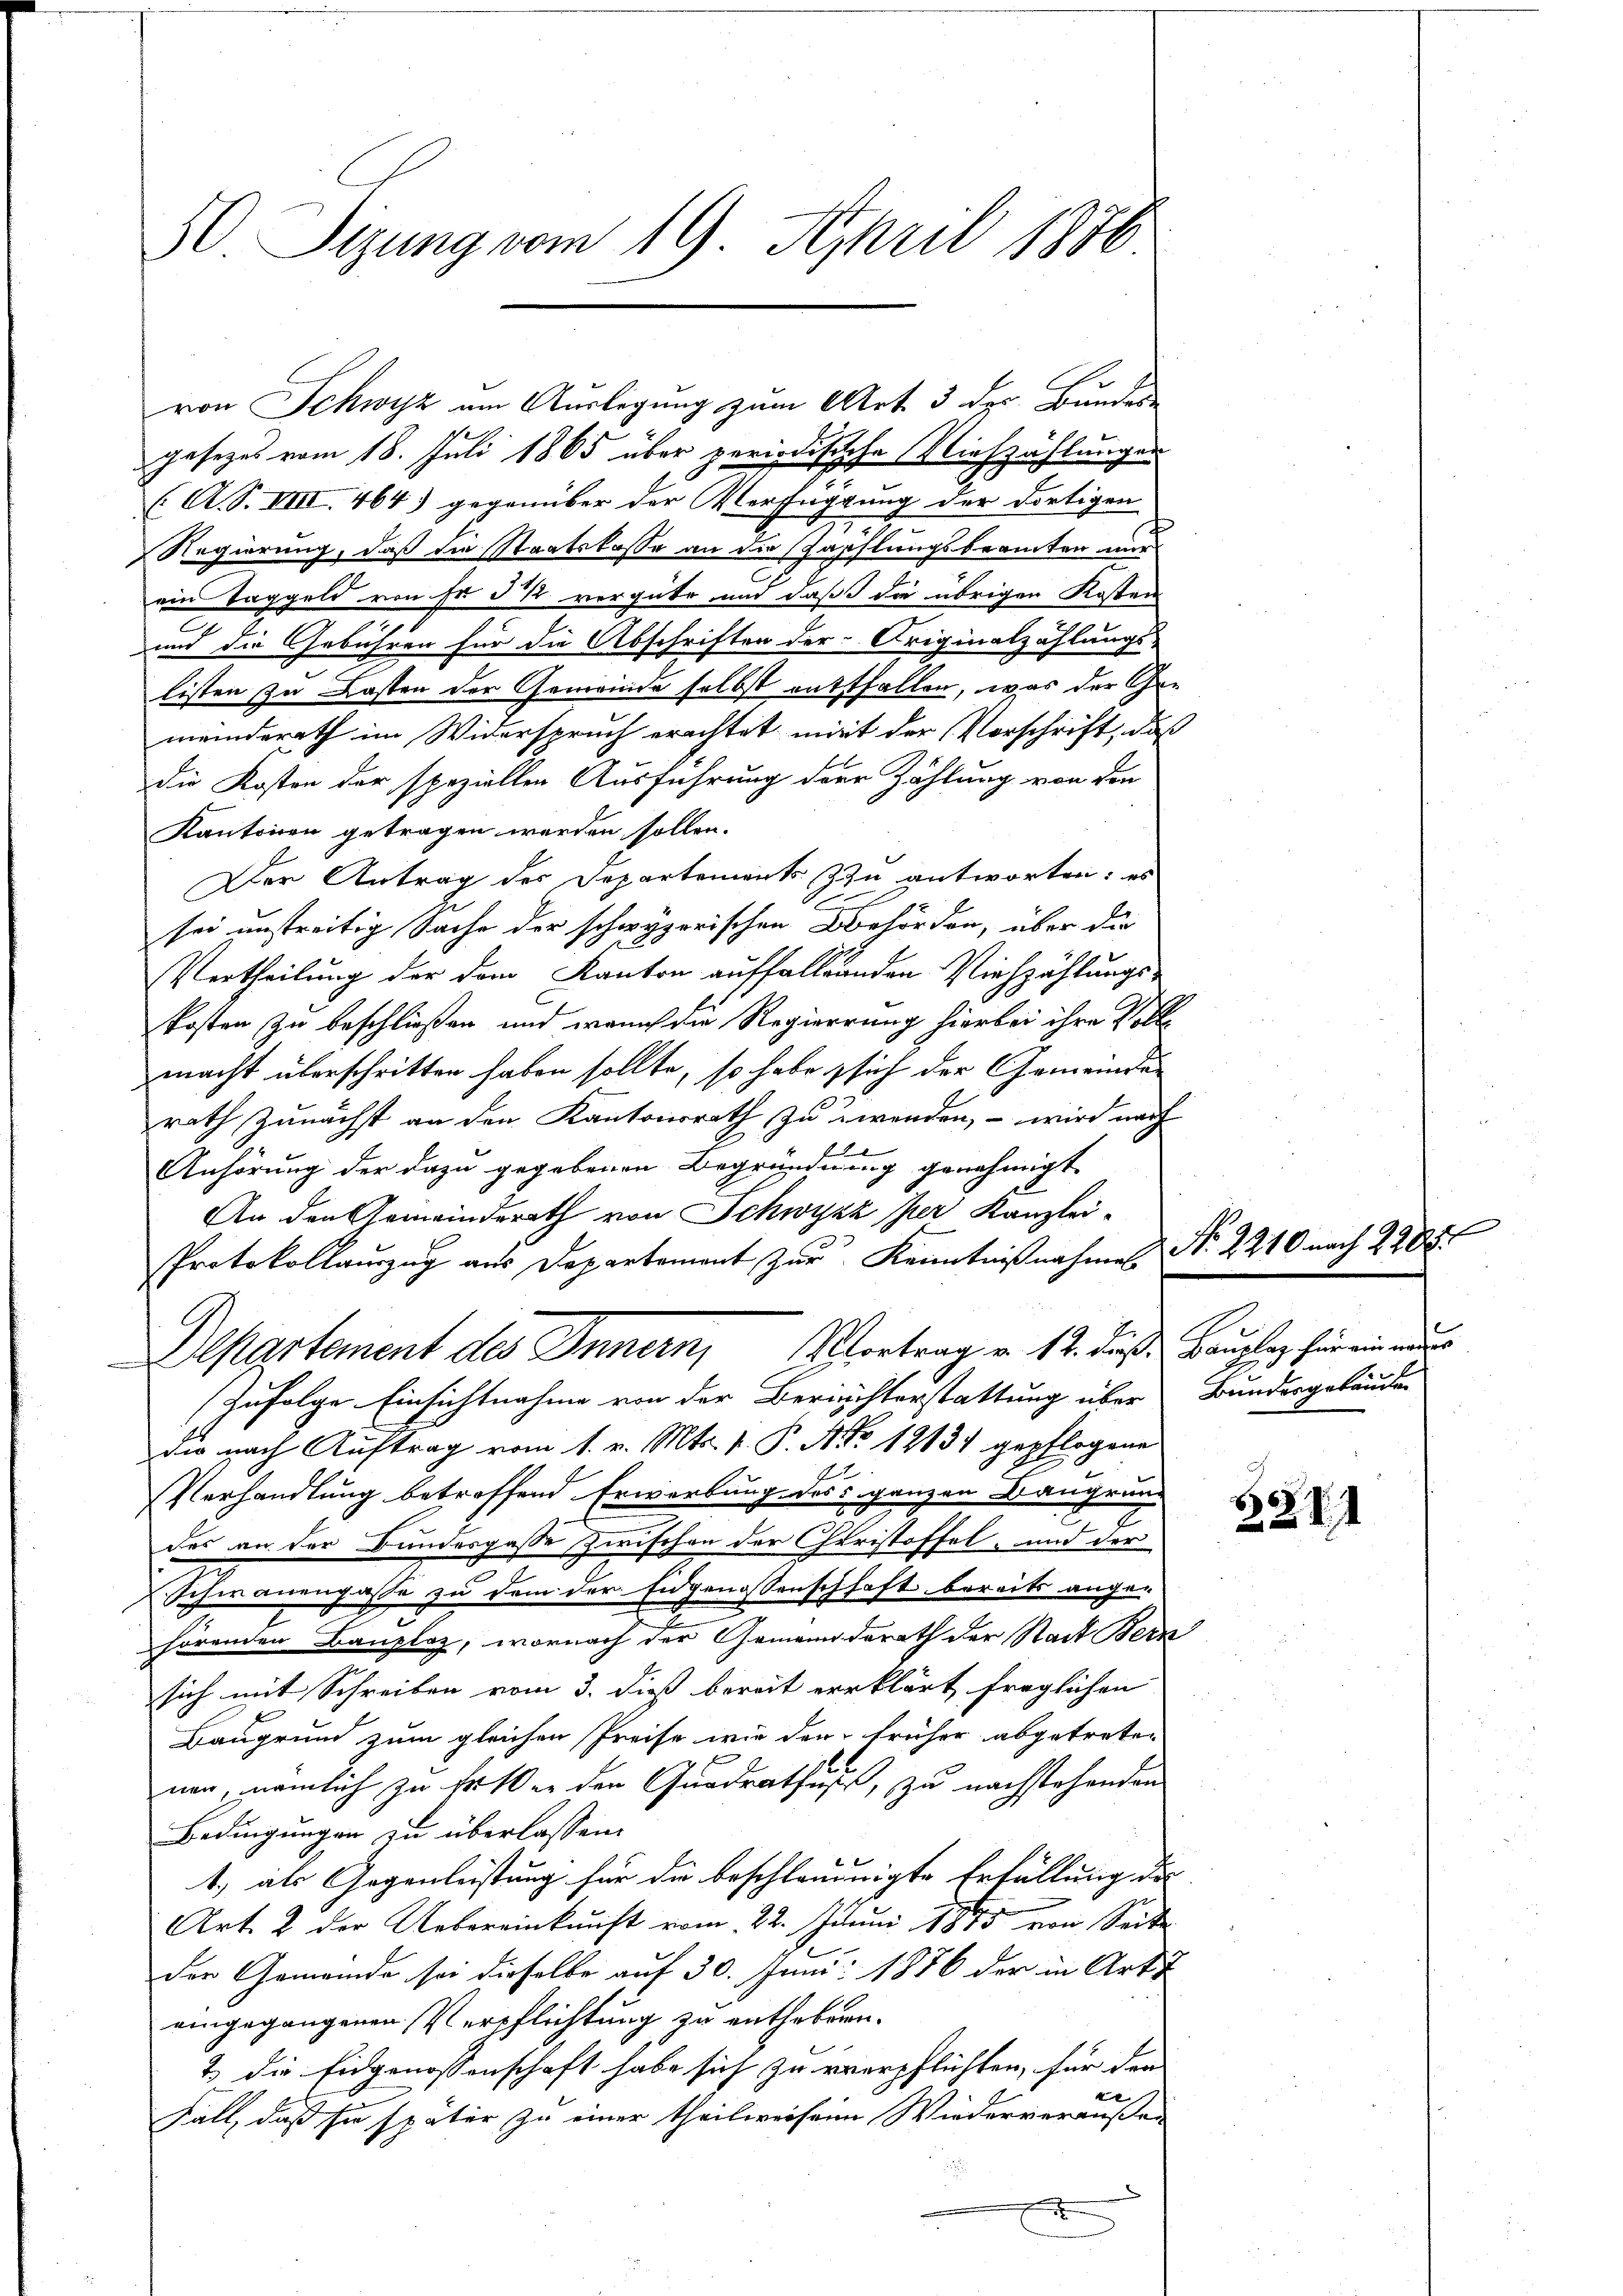
50 Sizung vom 19. April 1886

von Schwyz um Auslegung zum Art. 3 der Bundes-
gesezes vom 18. Juli 1865 über periodischehe Niehzählungen
(A. S. VIII. 464) gegenüber der Verfügung der dortigen
Regierung, daß die Staatskasse an die Zahlungsbeamten nur
ein Taggeld von sr § 12 vergüte und daß die übrigen Kosten
und die Gebühren für die Abschriften der Originalzahlungs-
listen zu Kosten der Gemeinde selbst entsfallen, was der Gemeinderath im Widerspruch erachtet mit der Vorschrift, daß
die Kosten der speziellen Ausführung der Zählung von den
Kantonen getragen werden sollen.
Der Antrag des Departements zu antworten: es
sei unstreitig Sache der schwyzerischen Behörden, über die
Vertheilung der dem Kanton auffallenden Viehzählungs-
kosten zu beschließen und waruch die Regierung hierbei ihre Voll
macht überschritten haben sollte, so habe sich der Gemeinde
rath zunächst an den Kantonsrath zu wenden, – wird nach
Anhörung der dazu gegebenen Begründung genehmigt
An den Gemeinderath von Schwyzz per Kanzlei-
Protokollaŭszŭg aŭs Departement zŭr Kenntniβnahme Nr. 22
Departement des Innern, Vortrag v. 12. dieß Bauplaz für einen
(zufolge Einsichtnahme von der Berichterstattung über Bundesgebäude
die nach Auftrag vom 1. v. Mts. v. P. Nr. 12131 gepflogene
Verhandlung betreffend Erwerbung des ganzen Baugrund
2
des an der Bundesgasse zwischen der Christoffel- und der
Schwanengasse zu dem der Eidgenossenschhaft bereits ange-
hörenden Bauplaz, wornach der Gemeindrath der Stadt Bern
sich mit Schreiben vom 3. dieß bereit erklärt, fraglichen
Baugrund zum gleichen Preise wie der früher abgetreten
nen, nämlich zu treten den Quadratfuß, zu nachstehenden
Bedingungen zu überlassen.
t
1) als Gegenleistung für die beschlomnigte Erfüllung des
Art. 2 der Uebereinkunft vom 22. Juni 1843 von Seite
der Gemeinde sei dieselbe auf 30. Juni 1886 der in Art.
eingegangenen Verpflichtung zu enthebenen.
2 die Eidgenossenschaft habe sich zu verpflichten, für den |
x
Fall, daß sie später zu einer theilweisein Wiederveräußer
e

3211

2985